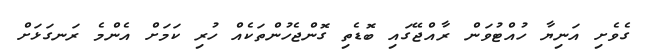
ގެވެށި އަނިޔާ ހުއްޓުވަން ރާއްޖޭގައި ބޮޑެތި ގޮންޖެހުންތަކެއް ހުރި ކަމަށް އެންމެ ރަނގަޅަށް